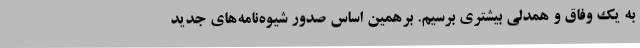
به یک وفاق و همدلی بیشتری برسیم. برهمین اساس صدور شیوه‌نامه‌های جدید